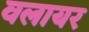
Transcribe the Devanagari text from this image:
वलायर